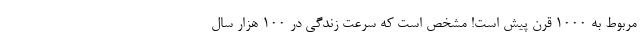
مربوط به 1000 قرن پیش است! مشخص است که سرعت زندگی در 100 هزار سال